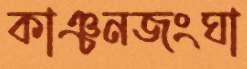
কাঞ্চনজংঘা